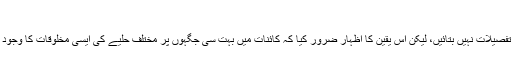
ضرور پڑھیں: بے ادب بے مراد
ٹیسلا نے خلائی مخلوق سے اپنی ملاقات کی زیادہ تفصیلات نہیں بتائیں، لیکن اس یقین کا اظہار ضرور کیا کہ کائنات میں بہت سی جگہوں پر مختلف حلیے کی ایسی مخلوقات کا وجود ہے، جو انسان کے مقابلے میں بہت زیادہ ذہین ہیں۔